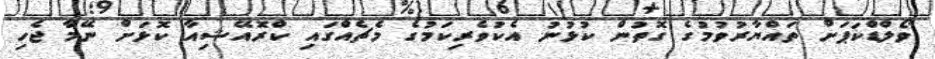
ވޯލްޑްކަޕަށް ތައްޔާރުވުމުގެ ގޮތުން ކުޅުނު އެކުވެރިކަމުގެ މެޗެއްގައި ކްރޮއޭޝިއާ ކޮޅަށް ނޭމާ ޖެހި